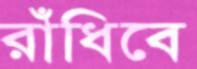
রাঁধিবে